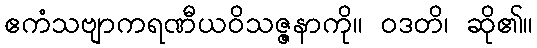
ဧကံသဗျာကရဏီယဝိသဇ္ဇနာကို။ ဝဒတိ၊ ဆို၏။